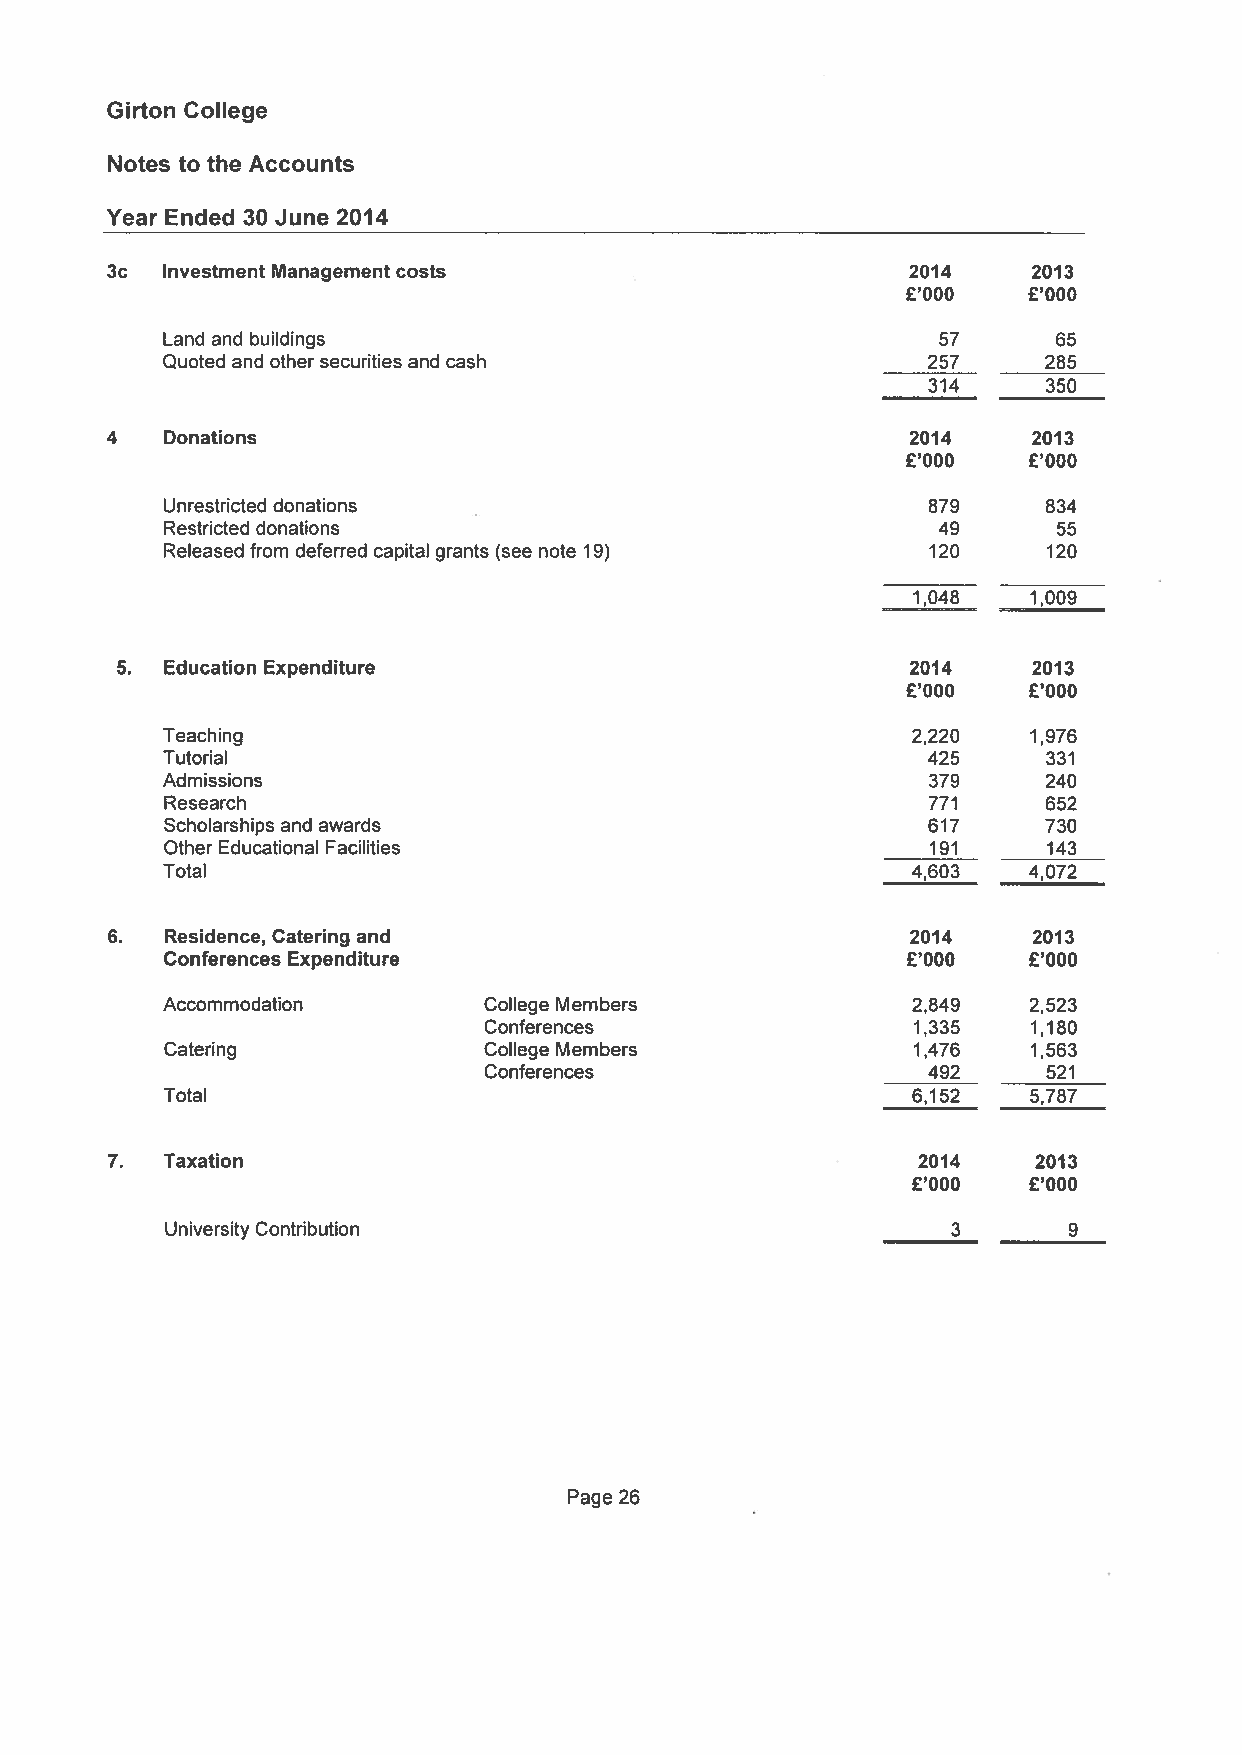
Girton College
 Notes to the Accounts
 Year Ended 30 June 2014
 3c Investment Managementcosts                        2014    2013
 £‘OOO    £‘OOO
 Land and buildings                                  57     65
 Quoted and other securities and cash               257     285
 314     350
 4  Donations                                         2014    2013
 £‘OOO   £‘OOO
 Unrestricted donations                             879     834
 Restricted donations                                49     55
 Released from deferred capital grants (see note 19) 120    120
 1,048   1,009
 5. Education Expenditure                             2014    2013
 £‘OOO    £‘OOO
 Teaching                                          2,220   1,976
 Tutorial                                           425     331
 Admissions                                         379     240
 Research                                           771     652
 Scholarships and awards                            617     730
 Other Educational Facilities                       191     143
 Total                                             4,603   4,072
 6. Residence, Catering and                           2014    2013
 Conferences Expenditure                          £‘OOO    £‘OOO
 Accommodation         College Members             2,849   2,523
 Conferences                 1,335   1,180
 Catering              College Members             1,476   1,563
 Conferences                  492     521
 Total                                             6,152   5,787
 7. Taxation                                          2014    2013
 £‘OOO   £‘OOO
 University Contribution                             3       9
 Page 26